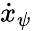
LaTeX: \dot{x}_{\psi}